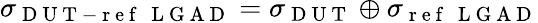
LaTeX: \sigma_{\mathrm{~D~U~T~-~r~e~f~~~L~G~A~D~}}=\sigma_{\mathrm{~D~U~T~}}\oplus\sigma_{\mathrm{~r~e~f~~~L~G~A~D~}}